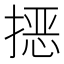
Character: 𭡵